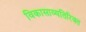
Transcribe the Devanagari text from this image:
विकासाव्यतिरिक्त